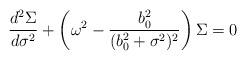
LaTeX: \begin{align*}\frac{d^{2}\Sigma}{d\sigma^{2}} + \left ( \omega^{2} - \frac{b_{0}^{2}}{(b_{0}^{2} + \sigma^{2})^{2}} \right ) \Sigma = 0\end{align*}